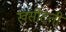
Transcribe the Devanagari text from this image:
खसोटती